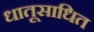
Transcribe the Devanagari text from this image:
धातूसाधित